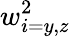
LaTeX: w_{i=y,z}^{2}